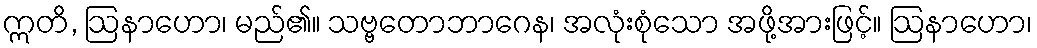
ဣတိ, ဩနာဟော၊ မည်၏။ သဗ္ဗတောဘာဂေန၊ အလုံးစုံသော အဖို့အားဖြင့်။ ဩနာဟော၊